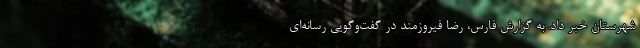
شهرستان خبر داد. به گزارش فارس، رضا فیروزمند در گفت‌وگویی رسانه‌ای